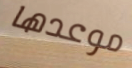
موعدها